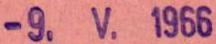
-9.V.1966